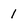
Character: 1